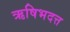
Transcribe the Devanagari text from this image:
ऋषिभदत्त